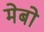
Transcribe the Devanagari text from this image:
मेबो